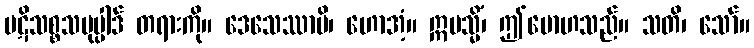
ပဋိသစ္စသမုပ္ပါဒ် တရားကို။ ဒေသေဿာမိ၊ ဟောအံ့။ ဣမသ္မိံ၊ ဤမောဟသည်။ သတိ၊ သော်။